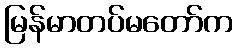
မြန်မာတပ်မတော်က